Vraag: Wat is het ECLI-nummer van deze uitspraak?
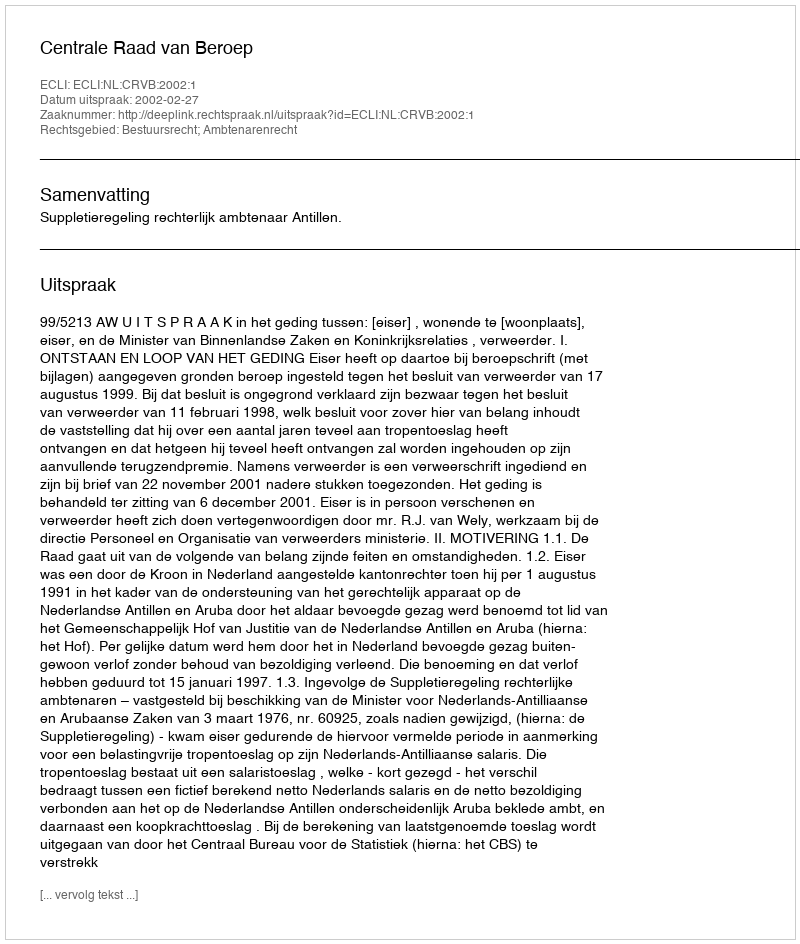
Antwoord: ECLI:NL:CRVB:2002:1